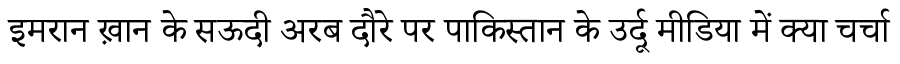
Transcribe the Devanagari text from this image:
इमरान ख़ान के सऊदी अरब दौरे पर पाकिस्तान के उर्दू मीडिया में क्या चर्चा